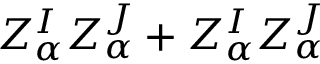
Z _ { \alpha } ^ { I } Z _ { \alpha } ^ { J } + Z _ { \alpha } ^ { I } Z _ { \alpha } ^ { J }